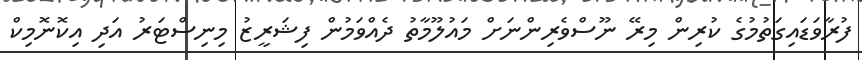
ފުރާވަޑައިގަތުމުގެ ކުރިން މިރޭ ނޫސްވެރިންނަށް މައުލޫމާތު ދެއްވަމުން ފިޝަރީޒު މިނިސްޓަރު އަދި އިކޮނޮމިކް